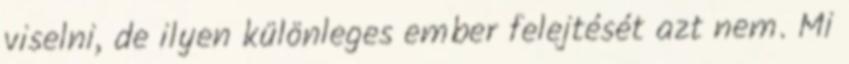
viselni, de ilyen különleges ember felejtését azt nem. Mi